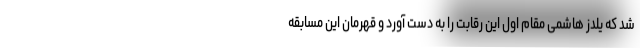
شد که یلدز هاشمی مقام اول این رقابت را به دست آورد و قهرمان این مسابقه